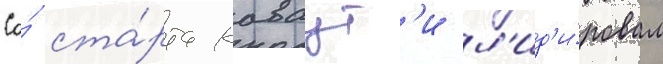
Со́ ста́рта каваут'и л'ид'и́ровал